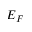
E _ { F }